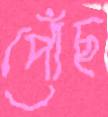
পোঁছ